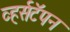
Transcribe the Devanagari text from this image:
व्हर्सटॅपन